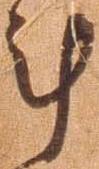
計